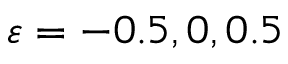
\protect \varepsilon = - 0 . 5 , 0 , 0 . 5